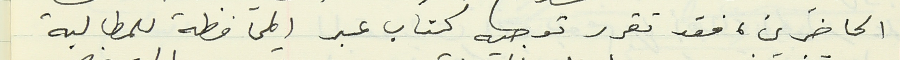
الحاضرين، فقد تقرر توجيه كتاب عبر المحافظة للمطالبة